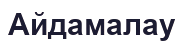
Айдамалау